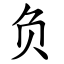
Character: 负